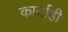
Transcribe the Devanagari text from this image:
कार्वाही